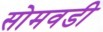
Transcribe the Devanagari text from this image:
सोमवडी